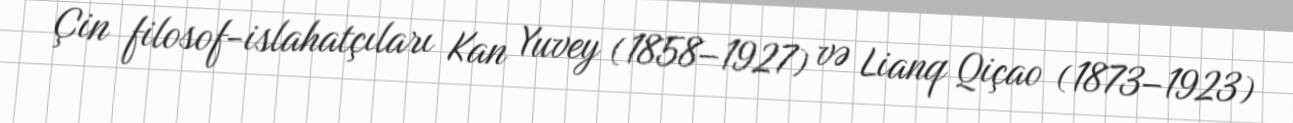
Çin filosof-islahatçıları Kan Yuvey (1858–1927) və Lianq Qiçao (1873–1923)